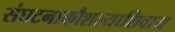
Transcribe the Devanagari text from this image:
संघटनाकौशल्याशिवाय